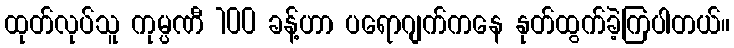
ထုတ်လုပ်သူ ကုမ္ပဏီ 100 ခန့်ဟာ ပရောဂျက်ကနေ နုတ်ထွက်ခဲ့ကြပါတယ်။